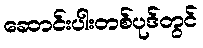
ဆောင်းပါးတစ်ပုဒ်တွင်